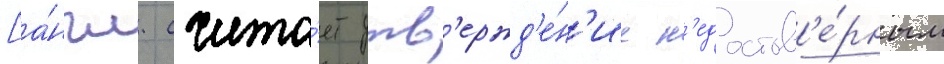
[а́нгл. счита́ет утв'ержд'е́н'ие н'едостов'е́рным